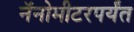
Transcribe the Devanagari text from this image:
नॅनोमीटरपर्यंत